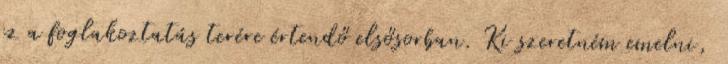
ez a foglakoztatás terére értendő elsősorban. Ki szeretném emelni,